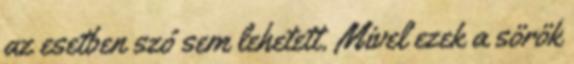
az esetben szó sem lehetett. Mivel ezek a sörök